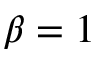
\beta = 1